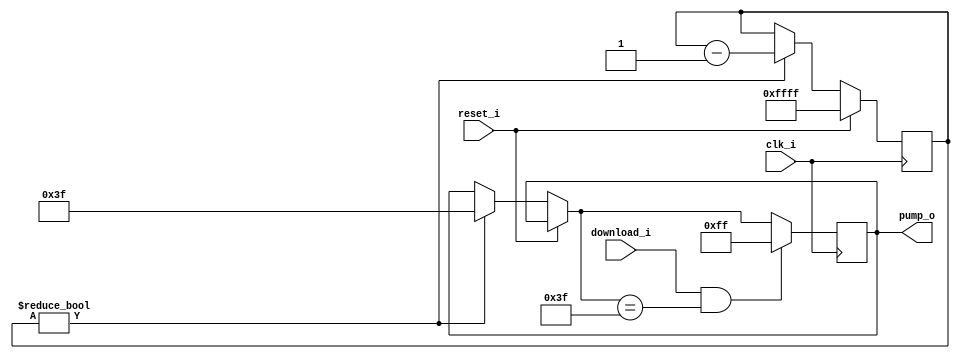
/*
  
   Multicore 2 / Multicore 2+
  
   Copyright (c) 2017-2020 - Victor Trucco

  
   All rights reserved
  
   Redistribution and use in source and synthezised forms, with or without
   modification, are permitted provided that the following conditions are met:
  
   Redistributions of source code must retain the above copyright notice,
   this list of conditions and the following disclaimer.
  
   Redistributions in synthesized form must reproduce the above copyright
   notice, this list of conditions and the following disclaimer in the
   documentation and/or other materials provided with the distribution.
  
   Neither the name of the author nor the names of other contributors may
   be used to endorse or promote products derived from this software without
   specific prior written permission.
  
   THIS CODE IS PROVIDED BY THE COPYRIGHT HOLDERS AND CONTRIBUTORS "AS IS"
   AND ANY EXPRESS OR IMPLIED WARRANTIES, INCLUDING, BUT NOT LIMITED TO,
   THE IMPLIED WARRANTIES OF MERCHANTABILITY AND FITNESS FOR A PARTICULAR
   PURPOSE ARE DISCLAIMED. IN NO EVENT SHALL THE AUTHOR OR CONTRIBUTORS BE
   LIABLE FOR ANY DIRECT, INDIRECT, INCIDENTAL, SPECIAL, EXEMPLARY, OR
   CONSEQUENTIAL DAMAGES (INCLUDING, BUT NOT LIMITED TO, PROCUREMENT OF
   SUBSTITUTE GOODS OR SERVICES; LOSS OF USE, DATA, OR PROFITS; OR BUSINESS
   INTERRUPTION) HOWEVER CAUSED AND ON ANY THEORY OF LIABILITY, WHETHER IN
   CONTRACT, STRICT LIABILITY, OR TORT (INCLUDING NEGLIGENCE OR OTHERWISE)
   ARISING IN ANY WAY OUT OF THE USE OF THIS SOFTWARE, EVEN IF ADVISED OF THE
   POSSIBILITY OF SUCH DAMAGE.
  
   You are responsible for any legal issues arising from your use of this code.
  
*///============================================================================
//
//  Hard reset signal for the Data Pump start
//
//  Victor Trucco - 2020
//
//============================================================================

`default_nettype none

module PumpSignal
(
    input wire  clk_i,
    input wire  reset_i,   
    input wire  download_i,       
    output reg [7:0] pump_o
);

reg [15:0] power_on_s   = 16'b1111111111111111;

//--start the microcontroller OSD menu after the power on
always @(posedge clk_i) 
begin

        if (reset_i == 1'b1)
            power_on_s = 16'b1111111111111111;
        else if (power_on_s != 0)
        begin
            power_on_s = power_on_s - 1'b1;
            pump_o = 8'b00111111;
        end 
                        //if (ioctl_downl == 1 && osd_s == 8'b00111111)
        if (download_i == 1 && pump_o == 8'b00111111)
            pump_o = 8'b11111111;
end 

endmodule